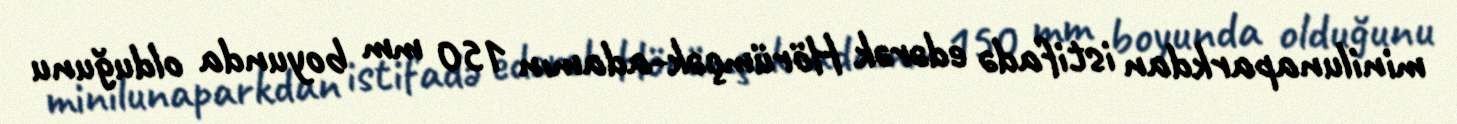
minilunaparkdan istifadə edərək Hörümçək-adamın 150 mm boyunda olduğunu